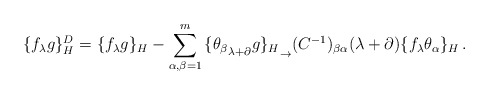
\begin{align*}\{f_{\lambda}g\}_H^D=\{f_{\lambda}g\}_H-\sum_{\alpha,\beta=1}^m{\{{\theta_{\beta}}_{\lambda+\partial}g\}_H}_{\to}(C^{-1})_{\beta\alpha}(\lambda+\partial){\{f_{\lambda}\theta_{\alpha}\}_H}\,.\end{align*}